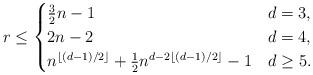
LaTeX: \begin{align*}r \le \begin{cases}\tfrac{3}{2} n - 1 & d = 3, \\2n - 2 & d = 4, \\n^{\lfloor(d-1)/2\rfloor} + \frac{1}{2}n^{d - 2\lfloor(d-1)/2\rfloor} - 1 & d \ge 5.\end{cases}\end{align*}